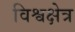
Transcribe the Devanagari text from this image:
विश्वक्षेत्र